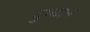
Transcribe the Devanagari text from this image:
दुग्धाभ